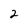
Character: 2